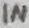
Text: IN